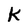
Character: K